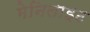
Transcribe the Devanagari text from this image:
मेनिलाइट